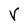
Character: V